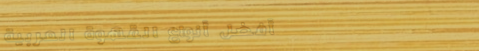
أفضل أنواع القهوة العربية